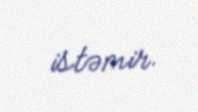
istəmir.